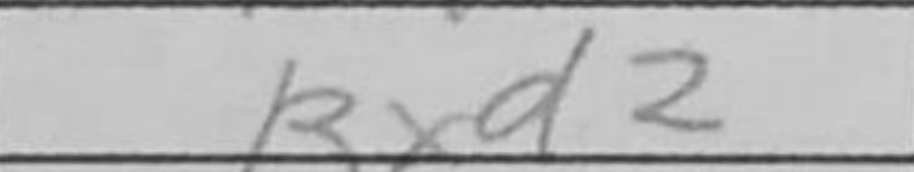
Transcription: Bxd2